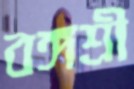
বঙ্গশ্রী